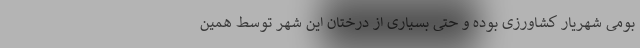
بومی شهریار کشاورزی بوده و حتی بسیاری از درختان این شهر توسط همین